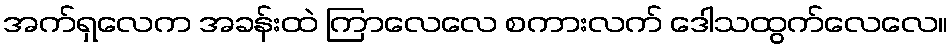
အက်ရှလေက အခန်းထဲ ကြာလေလေ စကားလက် ဒေါသထွက်လေလေ။